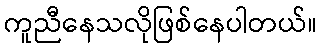
ကူညီနေသလိုဖြစ်နေပါတယ်။